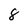
Character: 8